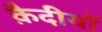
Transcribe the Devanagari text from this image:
क़ैदीयों